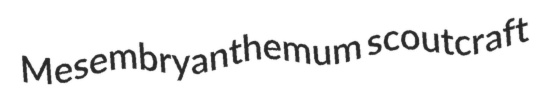
Mesembryanthemum scoutcraft